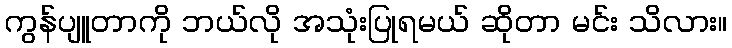
ကွန်ပျူတာကို ဘယ်လို အသုံးပြုရမယ် ဆိုတာ မင်း သိလား။